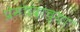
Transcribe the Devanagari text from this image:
प्रेमचंदांच्या